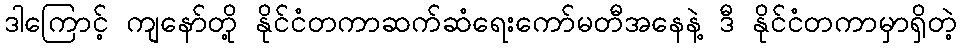
ဒါကြောင့် ကျနော်တို့ နိုင်ငံတကာဆက်ဆံရေးကော်မတီအနေနဲ့ ဒီ နိုင်ငံတကာမှာရှိတဲ့